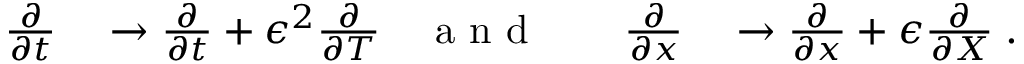
\begin{array} { r l r l r l } { \frac { \partial } { \partial t } } & { { } \rightarrow \frac { \partial } { \partial t } + \epsilon ^ { 2 } \frac { \partial } { \partial T } } & { \mathrm { ~ a ~ n ~ d ~ } } & { { } } & { \frac { \partial } { \partial x } } & { { } \rightarrow \frac { \partial } { \partial x } + \epsilon \frac { \partial } { \partial X } \; . } \end{array}